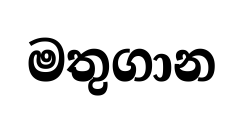
මතුගාන